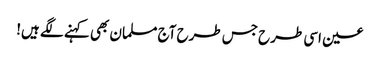
عین اسی طرح جس طرح آج مسلمان بھی کہنے لگے ہیں!